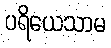
ပရိယေသာမ